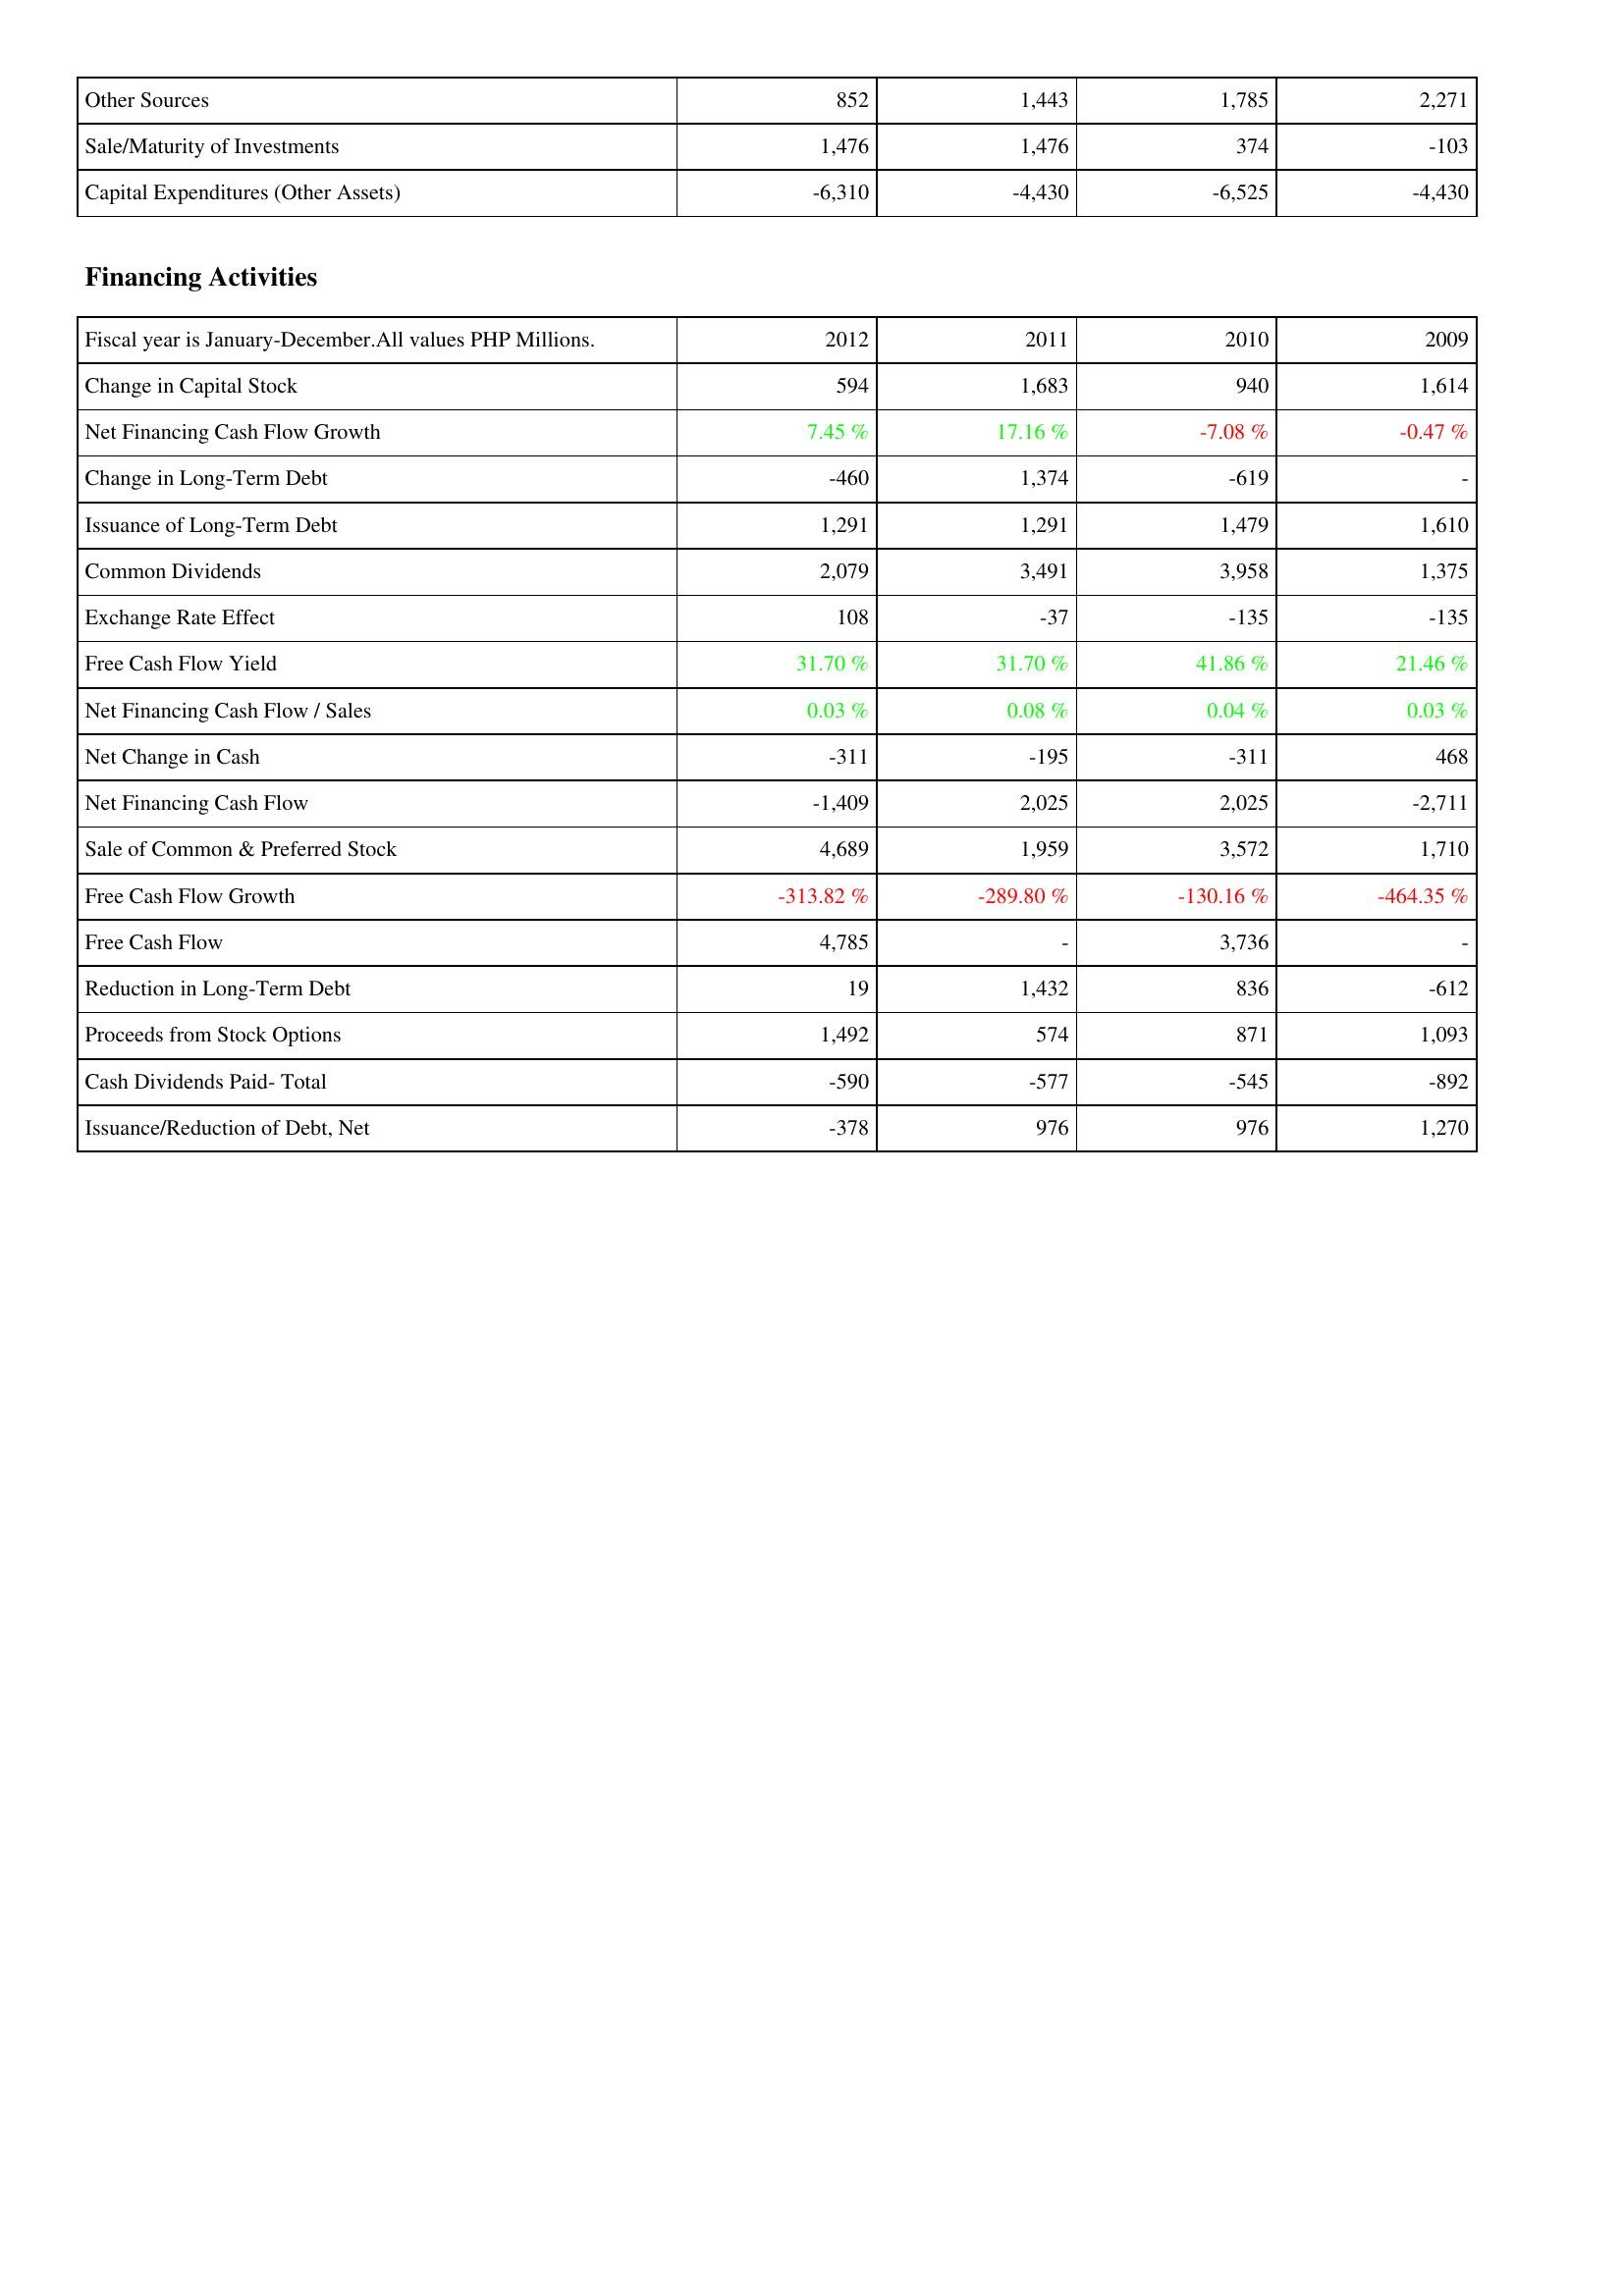
2012: Investing Activities: Other Sources: 852
Sale/Maturity of Investments: 1,476
Capital Expenditures (Other Assets): -6,310
Financing Activities: Change in Capital Stock: 594
Net Financing Cash Flow Growth: 7.45 %
Change in Long-Term Debt: -460
Issuance of Long-Term Debt: 1,291
Common Dividends: 2,079
Exchange Rate Effect: 108
Free Cash Flow Yield: 31.70 %
Net Financing Cash Flow / Sales: 0.03 %
Net Change in Cash: -311
Net Financing Cash Flow: -1,409
Sale of Common & Preferred Stock: 4,689
Free Cash Flow Growth: -313.82 %
Free Cash Flow: 4,785
Reduction in Long-Term Debt: 19
Proceeds from Stock Options: 1,492
Cash Dividends Paid- Total: -590
Issuance/Reduction of Debt, Net: -378
2011: Investing Activities: Other Sources: 1,443
Sale/Maturity of Investments: 1,476
Capital Expenditures (Other Assets): -4,430
Financing Activities: Change in Capital Stock: 1,683
Net Financing Cash Flow Growth: 17.16 %
Change in Long-Term Debt: 1,374
Issuance of Long-Term Debt: 1,291
Common Dividends: 3,491
Exchange Rate Effect: -37
Free Cash Flow Yield: 31.70 %
Net Financing Cash Flow / Sales: 0.08 %
Net Change in Cash: -195
Net Financing Cash Flow: 2,025
Sale of Common & Preferred Stock: 1,959
Free Cash Flow Growth: -289.80 %
Free Cash Flow: -
Reduction in Long-Term Debt: 1,432
Proceeds from Stock Options: 574
Cash Dividends Paid- Total: -577
Issuance/Reduction of Debt, Net: 976
2010: Investing Activities: Other Sources: 1,785
Sale/Maturity of Investments: 374
Capital Expenditures (Other Assets): -6,525
Financing Activities: Change in Capital Stock: 940
Net Financing Cash Flow Growth: -7.08 %
Change in Long-Term Debt: -619
Issuance of Long-Term Debt: 1,479
Common Dividends: 3,958
Exchange Rate Effect: -135
Free Cash Flow Yield: 41.86 %
Net Financing Cash Flow / Sales: 0.04 %
Net Change in Cash: -311
Net Financing Cash Flow: 2,025
Sale of Common & Preferred Stock: 3,572
Free Cash Flow Growth: -130.16 %
Free Cash Flow: 3,736
Reduction in Long-Term Debt: 836
Proceeds from Stock Options: 871
Cash Dividends Paid- Total: -545
Issuance/Reduction of Debt, Net: 976
2009: Investing Activities: Other Sources: 2,271
Sale/Maturity of Investments: -103
Capital Expenditures (Other Assets): -4,430
Financing Activities: Change in Capital Stock: 1,614
Net Financing Cash Flow Growth: -0.47 %
Change in Long-Term Debt: -
Issuance of Long-Term Debt: 1,610
Common Dividends: 1,375
Exchange Rate Effect: -135
Free Cash Flow Yield: 21.46 %
Net Financing Cash Flow / Sales: 0.03 %
Net Change in Cash: 468
Net Financing Cash Flow: -2,711
Sale of Common & Preferred Stock: 1,710
Free Cash Flow Growth: -464.35 %
Free Cash Flow: -
Reduction in Long-Term Debt: -612
Proceeds from Stock Options: 1,093
Cash Dividends Paid- Total: -892
Issuance/Reduction of Debt, Net: 1,270